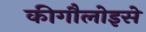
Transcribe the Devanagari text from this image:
कीगौलोइसे